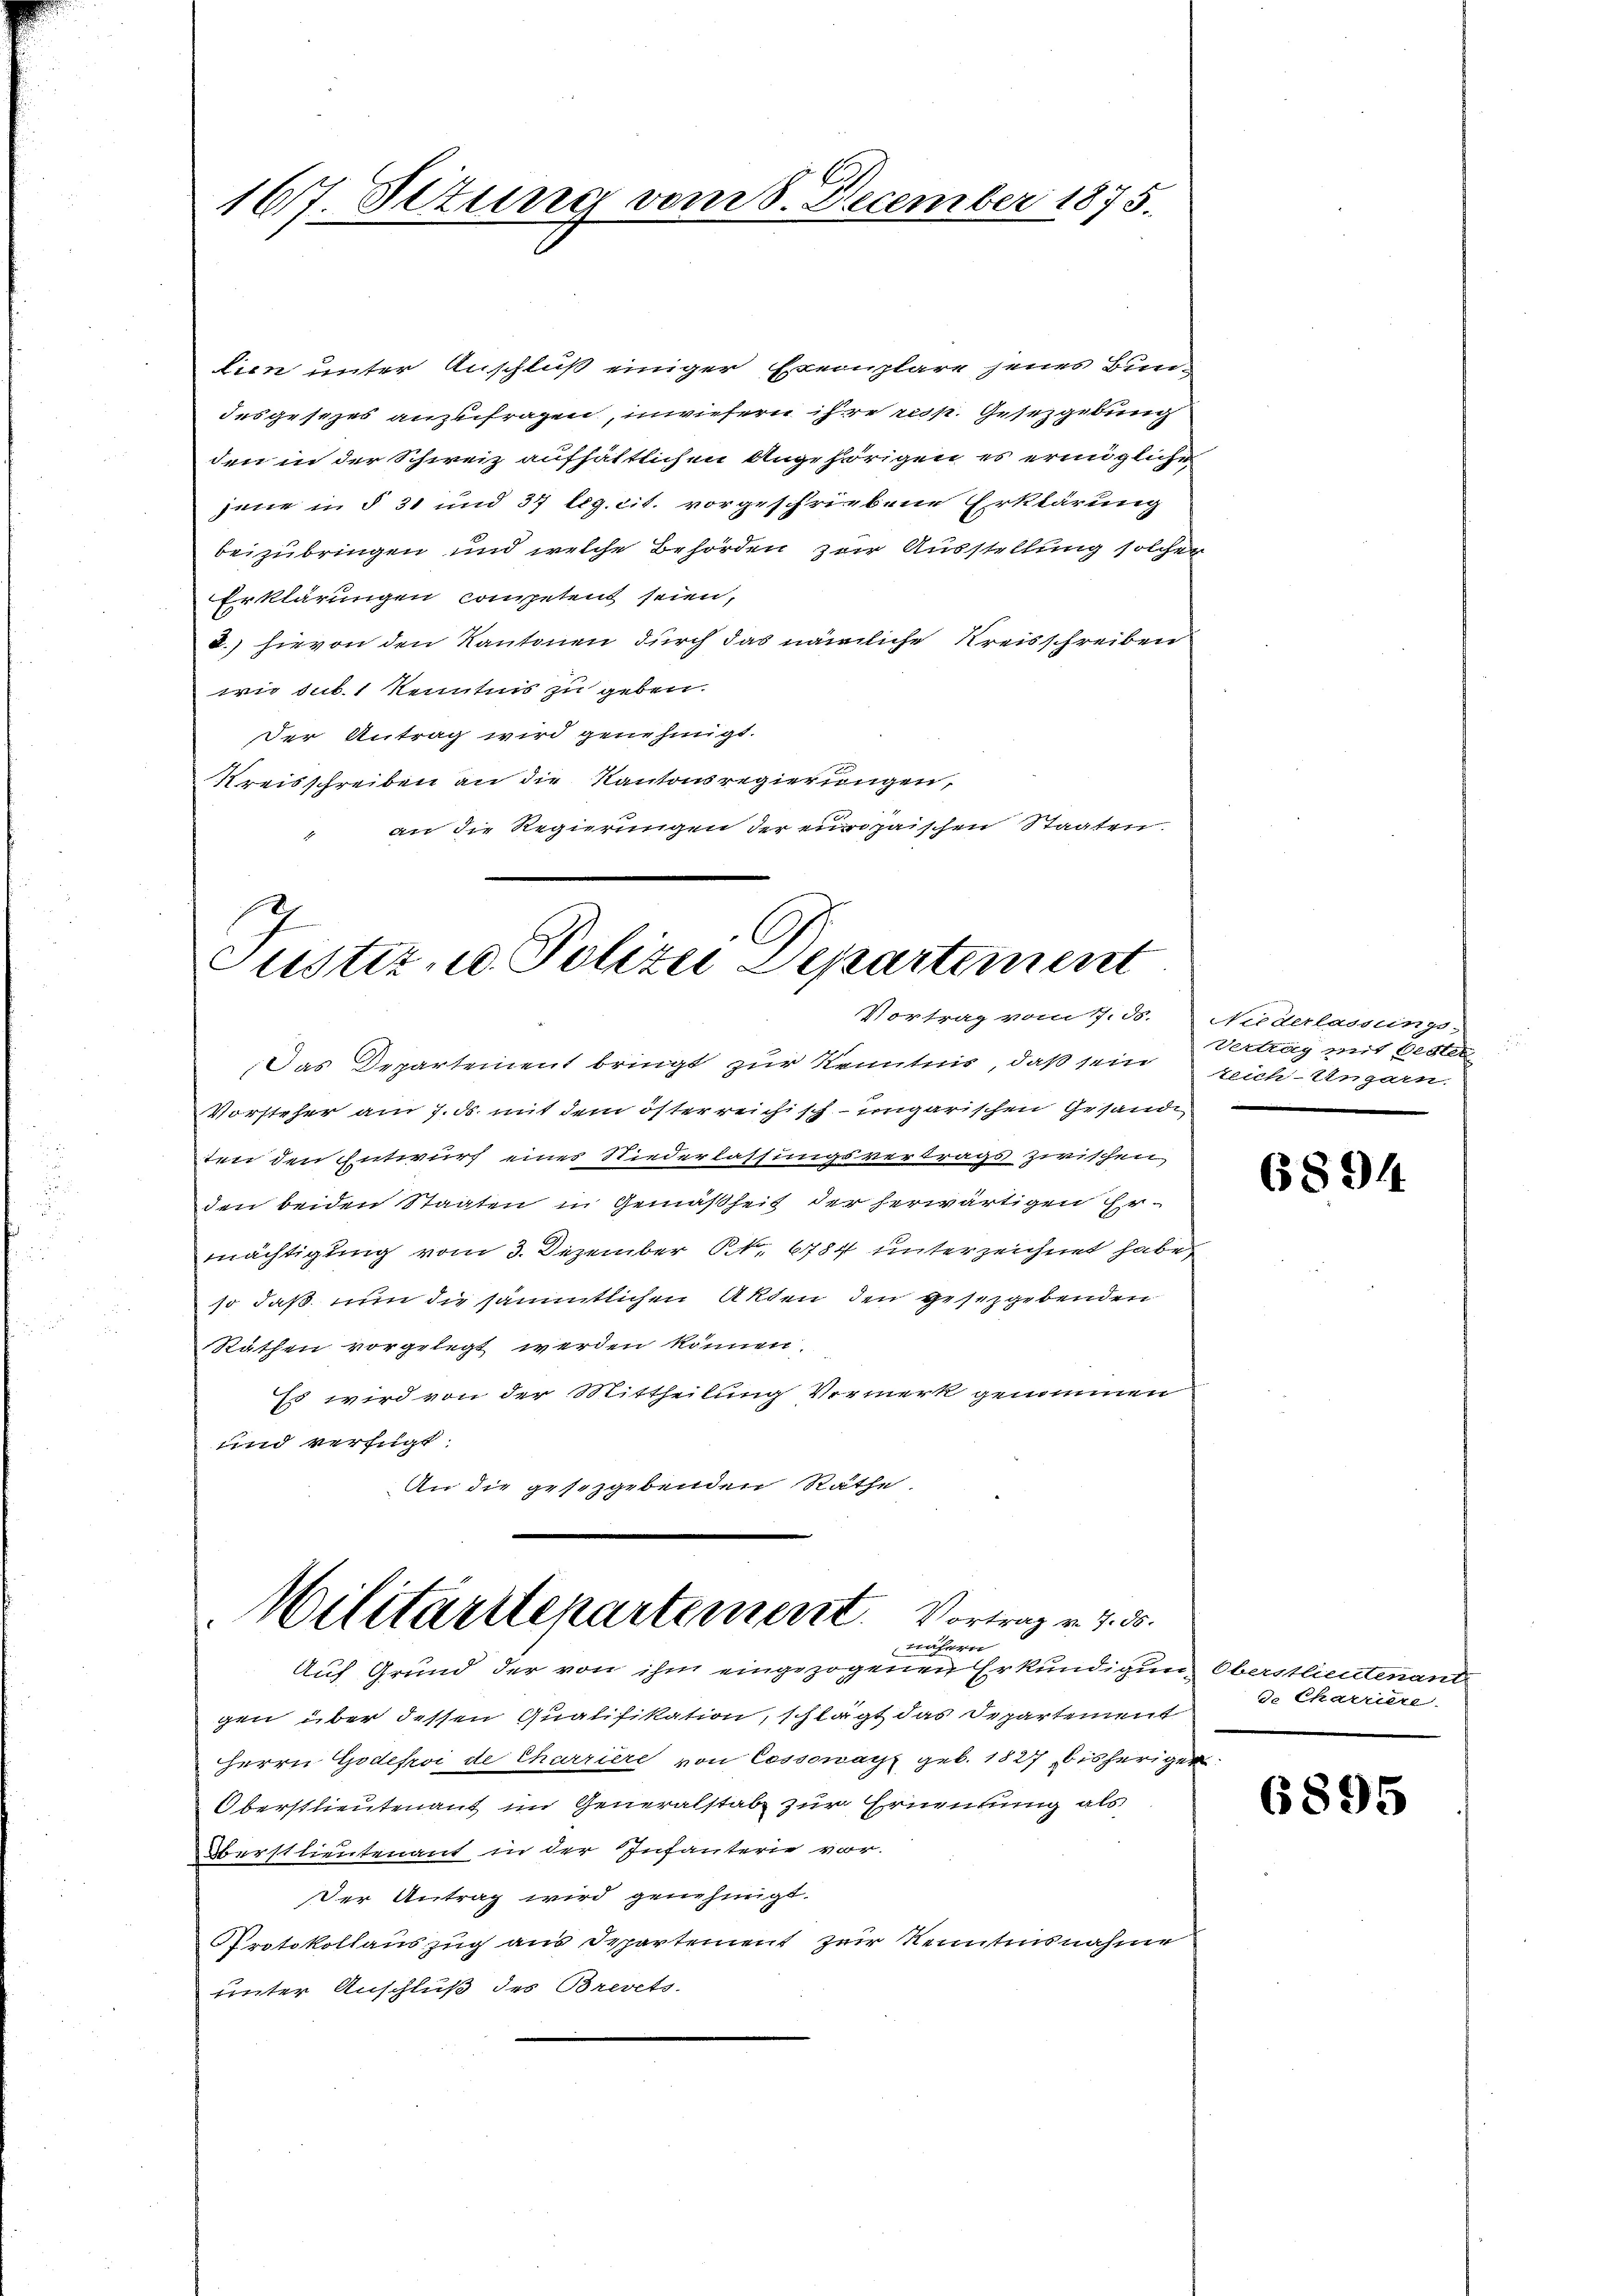
167. Situng vom 8. December 1875.

lien unter Anschluß einiger Exemplare jenes Bundesgesezes anzufragen, inwiefern ihre resp. Gesetzgebung
den in der Schweiz aufhältlichen Angehörigen es ermögliche
jene in § 31 und 37 lig. cit. vorgeschriebene Erklärung
beizubringen und welche Behörden zur Ausstellung solchen
Erklärungen competent seien,
d.) hievon den Kantonen durch das nämliche Kreisschreiben
wie sub. 1 Kenntnis zu geben.
Der Antrag wird genehmigt.
Kreisschreiben an die Kantonsregierungen,
an die Regierungen der europaischen Staaten.

2
C
Justiz. Polizei Departement
Vortrag vom 17. ds.

Das Departement bringt zur Kenntnis, daß sein reich Ungarn
Vorsteher am 7. ds. mit dem österreichisch-ungarischen Gesandt
ten den Entwurf eines Niederlassungsvertrags zwischen,
den beiden Staaten in Gemäßheit der herwärtigen Ermächtigung vom 3. Dezember No. 6784 unterzeichnet habe,
so daß nun die sämmtlichen Akten den gesetzgebenden
Räthen vorgelegt werden können.
Es wird von der Mittheilung Vormerk genommen
und verfügt:
An die gesetzgebenden Räthe.
Militärrtenartement. Vortrag v. 7. 30.
nähern
Auf Grund der von ihm eingezogenen Erkundigung Oberstlieutenant
gen über dessen Qualifikation, schlägt das Departement
Herrn Godefroi de Charriere von Cossonanz geb. 1827 bisheriger
Oberstlieutenant im Generalstab zur Ernenkung als
Oberstlieutenant in der Infanterie vor.
Der Antrag wird genehmigt.
Protokollauszug aus Departement zur Kenntnisnahme
unter Anschluß des Brevets-

Niederlassungs-
Vertrag mit Oester

6894

de Carriere

6895